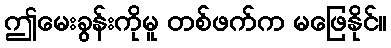
ဤမေးခွန်းကိုမူ တစ်ဖက်က မဖြေနိုင်။